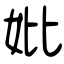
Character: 妣